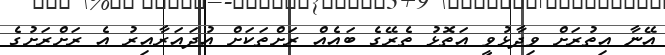
އޭނާ އިތުރަށް ވިދާޅުވީ އަތޮޅު ތެރޭގެ ބައެއް ރަށްތަކަށް އުދައަރާއިރު އެ ރަށްރަށުގެ